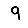
Digit: 9